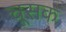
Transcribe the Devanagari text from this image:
चूसक